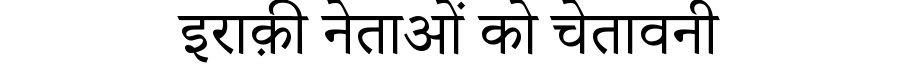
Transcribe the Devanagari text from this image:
इराक़ी नेताओं को चेतावनी